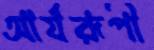
আর্যরূপী